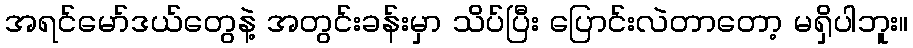
အရင်မော်ဒယ်တွေနဲ့ အတွင်းခန်းမှာ သိပ်ပြီး ပြောင်းလဲတာတော့ မရှိပါဘူး။